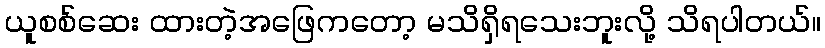
ယူစစ်ဆေး ထားတဲ့အဖြေကတော့ မသိရှိရသေးဘူးလို့ သိရပါတယ်။